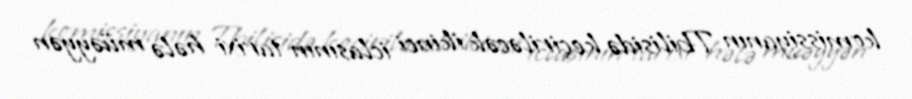
komissiyanın Tbilisidə keçiriləcək ikinci iclasının tarixi hələ müəyyən